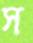
স